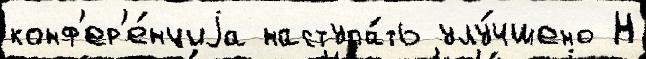
конф'ер'е́нциjа наступа́ть улу́чшено Н